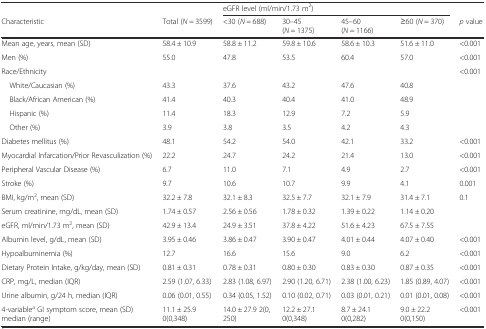
<table><thead><tr><td></td><td></td><td colspan="4"><b>eGFR level (ml/min/1.73 m<sup>2</sup>)</b></td><td></td></tr><tr><td><b>Characteristic</b></td><td><b>Total (<i>N</i> = 3599)</b></td><td><b>&lt;30 (<i>N</i> = 688)</b></td><td><b>30–45 (<i>N</i> = 1375)</b></td><td><b>45–60 (<i>N</i> = 1166)</b></td><td><b>≥60 (<i>N</i> = 370)</b></td><td><b><i>p</i> value</b></td></tr></thead><tbody><tr><td>Mean age, years, mean (SD)</td><td>58.4 ± 10.9</td><td>58.8 ± 11.2</td><td>59.8 ± 10.6</td><td>58.6 ± 10.3</td><td>51.6 ± 11.0</td><td>&lt;0.001</td></tr><tr><td>Men (%)</td><td>55.0</td><td>47.8</td><td>53.5</td><td>60.4</td><td>57.0</td><td>&lt;0.001</td></tr><tr><td>Race/Ethnicity</td><td></td><td></td><td></td><td></td><td></td><td>&lt;0.001</td></tr><tr><td> White/Caucasian (%)</td><td>43.3</td><td>37.6</td><td>43.2</td><td>47.6</td><td>40.8</td><td></td></tr><tr><td> Black/African American (%)</td><td>41.4</td><td>40.3</td><td>40.4</td><td>41.0</td><td>48.9</td><td></td></tr><tr><td> Hispanic (%)</td><td>11.4</td><td>18.3</td><td>12.9</td><td>7.2</td><td>5.9</td><td></td></tr><tr><td> Other (%)</td><td>3.9</td><td>3.8</td><td>3.5</td><td>4.2</td><td>4.3</td><td></td></tr><tr><td>Diabetes mellitus (%)</td><td>48.1</td><td>54.2</td><td>54.0</td><td>42.1</td><td>33.2</td><td>&lt;0.001</td></tr><tr><td>Myocardial Infarcation/Prior Revasculization (%)</td><td>22.2</td><td>24.7</td><td>24.2</td><td>21.4</td><td>13.0</td><td>&lt;0.001</td></tr><tr><td>Peripheral Vascular Disease (%)</td><td>6.7</td><td>11.0</td><td>7.1</td><td>4.9</td><td>2.7</td><td>&lt;0.001</td></tr><tr><td>Stroke (%)</td><td>9.7</td><td>10.6</td><td>10.7</td><td>9.9</td><td>4.1</td><td>0.001</td></tr><tr><td>BMI, kg/m<sup>2</sup>, mean (SD)</td><td>32.2 ± 7.8</td><td>32.1 ± 8.3</td><td>32.5 ± 7.7</td><td>32.1 ± 7.9</td><td>31.4 ± 7.1</td><td>0.1</td></tr><tr><td>Serum creatinine, mg/dL, mean (SD)</td><td>1.74 ± 0.57</td><td>2.56 ± 0.56</td><td>1.78 ± 0.32</td><td>1.39 ± 0.22</td><td>1.14 ± 0.20</td><td></td></tr><tr><td>eGFR, ml/min/1.73 m<sup>2</sup>, mean (SD)</td><td>42.9 ± 13.4</td><td>24.9 ± 3.51</td><td>37.8 ± 4.22</td><td>51.6 ± 4.23</td><td>67.5 ± 7.55</td><td></td></tr><tr><td>Albumin level, g/dL, mean (SD)</td><td>3.95 ± 0.46</td><td>3.86 ± 0.47</td><td>3.90 ± 0.47</td><td>4.01 ± 0.44</td><td>4.07 ± 0.40</td><td>&lt;0.001</td></tr><tr><td>Hypoalbuminemia (%)</td><td>12.7</td><td>16.6</td><td>15.6</td><td>9.0</td><td>6.2</td><td>&lt;0.001</td></tr><tr><td>Dietary Protein Intake, g/kg/day, mean (SD)</td><td>0.81 ± 0.31</td><td>0.78 ± 0.31</td><td>0.80 ± 0.30</td><td>0.83 ± 0.30</td><td>0.87 ± 0.35</td><td>&lt;0.001</td></tr><tr><td>CRP, mg/L, median (IQR)</td><td>2.59 (1.07, 6.33)</td><td>2.83 (1.08, 6.97)</td><td>2.90 (1.20, 6.71)</td><td>2.38 (1.00, 6.23)</td><td>1.85 (0.89, 4.07)</td><td>&lt;0.001</td></tr><tr><td>Urine albumin, g/24 h, median (IQR)</td><td>0.06 (0.01, 0.55)</td><td>0.34 (0.05, 1.52)</td><td>0.10 (0.02, 0.71)</td><td>0.03 (0.01, 0.21)</td><td>0.01 (0.01, 0.08)</td><td>&lt;0.001</td></tr><tr><td>4-variable<sup>a</sup> GI symptom score, mean (SD) median (range)</td><td>11.1 ± 25.9 0(0,348)</td><td>14.0 ± 27.9 2(0, 250)</td><td>12.2 ± 27.1 0(0,348)</td><td>8.7 ± 24.1 0(0,282)</td><td>9.0 ± 22.2 0(0,150)</td><td>&lt;0.001</td></tr></tbody></table>